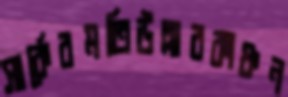
সার্কেরমতিউল্লারকাঞ্চন